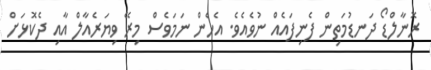
ރޮނާލްޑޯ ދަނޑުމަތިން ފެނިފައެއް ނުވެއެވެ. އެހެން ނަމަވެސް މިރޭ ވިޔަރެއާލް އާއި ދެކޮޅަށް